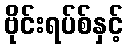
ဗိုင်းရပ်စ်နှင့်